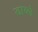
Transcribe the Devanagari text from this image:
डाव्ले